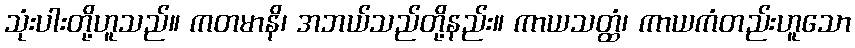
သုံးပါးတို့ဟူသည်။ ကတမာနိ၊ အဘယ်သည်တို့နည်း။ ကာယသတ္ထံ၊ ကာယကံတည်းဟူသော